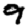
Digit: 9